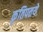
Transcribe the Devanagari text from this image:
कृतिपतये